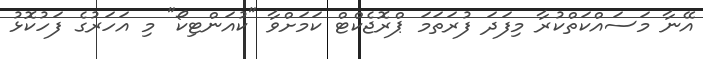
އޭނާ މަސައްކަތްކުރާ މިފަދަ ފުރަތަމަ ޕްރޮޖެކްޓް ކަމަށްވާ "ކުއަންޓިކޯ" މި އަހަރުގެ ފަހުކޮޅު